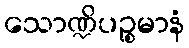
သောဏ္ဍိပဉ္စမာနံ